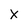
Character: x